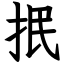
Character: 抿